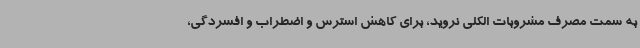
به سمت مصرف مشروبات الکلی نروید، برای کاهش استرس و اضطراب و افسردگی،